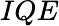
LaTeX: IQE